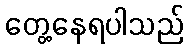
တွေ့နေရပါသည်